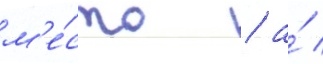
м'е́сто / а́ /